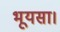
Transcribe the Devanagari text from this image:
भूयसा।